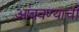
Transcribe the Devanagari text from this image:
आंबवण्याची